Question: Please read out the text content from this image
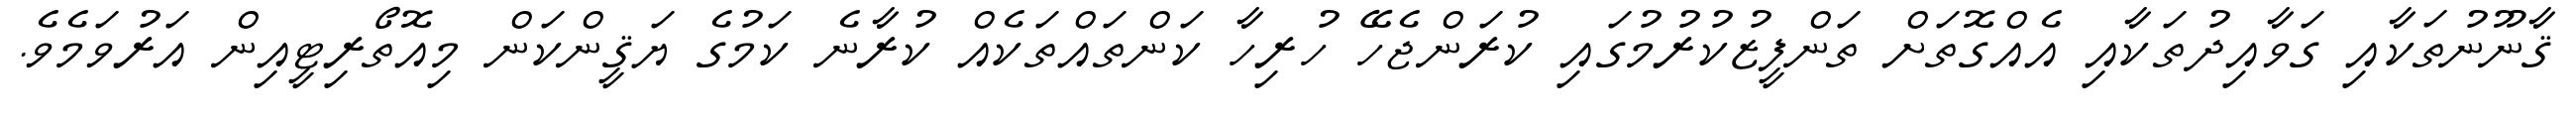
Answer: ޤާނޫނުތަކާއި ގަވާއިދުތަކާއި އެއްގޮތަށް ތަންފީޒުކުރުމުގައި ކުރަންޖެހޭ ހުރިހާ ކަންތައްތަކެއް ކުރާނެ ކަމުގެ ޔަޤީންކަން މިއޮތޯރިޓީއިން އަރުވަމެވެ.